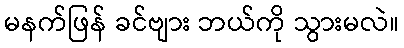
မနက်ဖြန် ခင်ဗျား ဘယ်ကို သွားမလဲ။